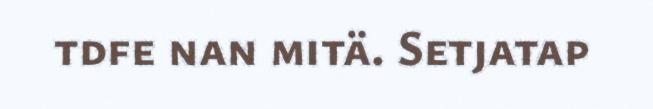
tdfe nan mitä. Setjatap